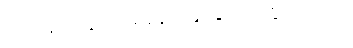
ပြဿနာတွေက အချိန်မရွေး ပေါ်လာနိုင်ပါတယ်။